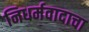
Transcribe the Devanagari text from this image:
निधर्मवादाचा